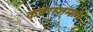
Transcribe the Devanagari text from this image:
कवराजमार्ग